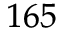
^ { 1 6 5 }